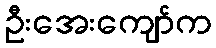
ဦးအေးကျော်က